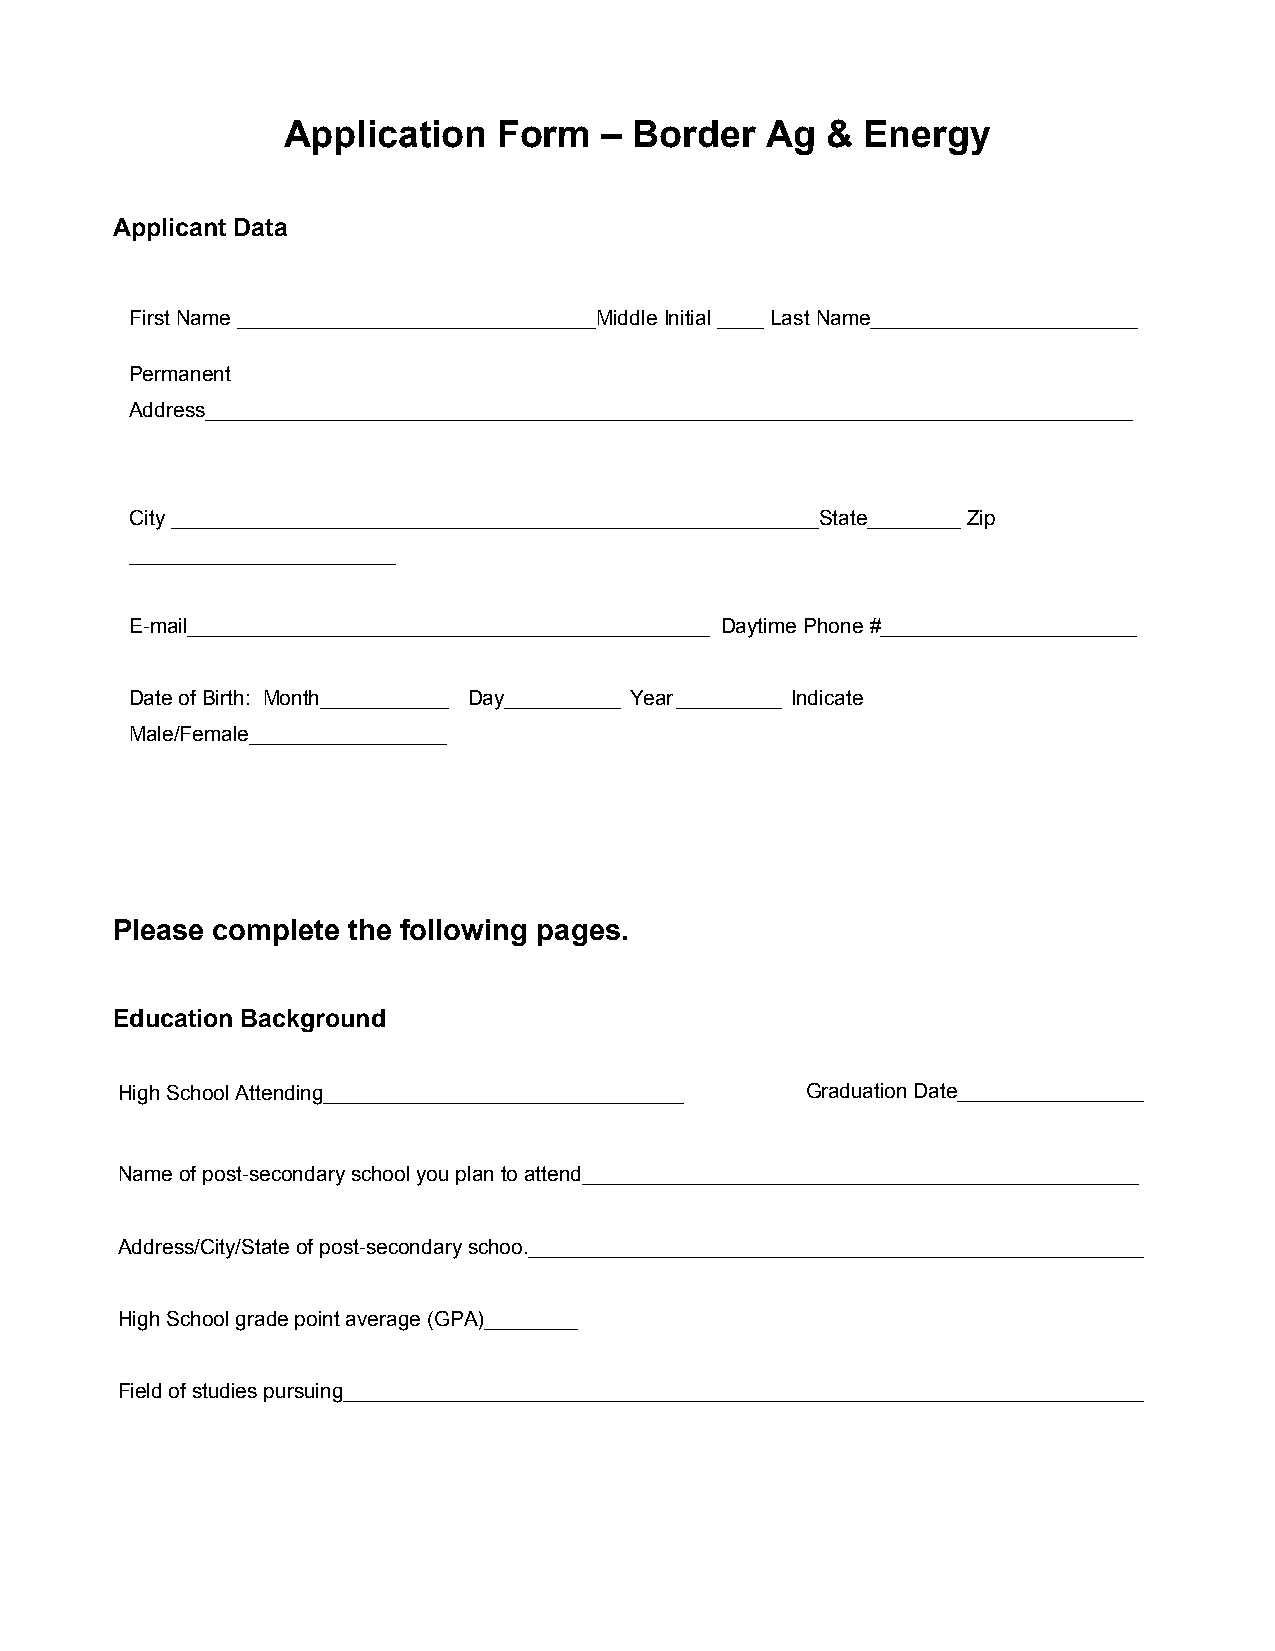
Application   Form   – Border   Ag  & Energy
 Applicant Data
 First Name _______________________________Middle Initial ____ Last Name_______________________
 Permanent
 Address________________________________________________________________________________
 City ________________________________________________________State________ Zip
 _______________________
 E-mail_____________________________________________ Daytime Phone #______________________
 Date of Birth: Month___________ Day__________ Year_________ Indicate
 Male/Female_________________
 Please complete the following pages.
 Education Background
 High School Attending_______________________________ Graduation Date________________
 Name of post-secondary school you plan to attend________________________________________________
 Address/City/State of post-secondary schoo._____________________________________________________
 High School grade point average (GPA)________
 Field of studies pursuing_____________________________________________________________________